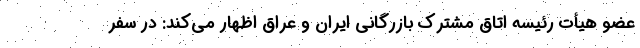
عضو هیأت رئیسه اتاق مشترک بازرگانی ایران و عراق اظهار می‌کند: در سفر